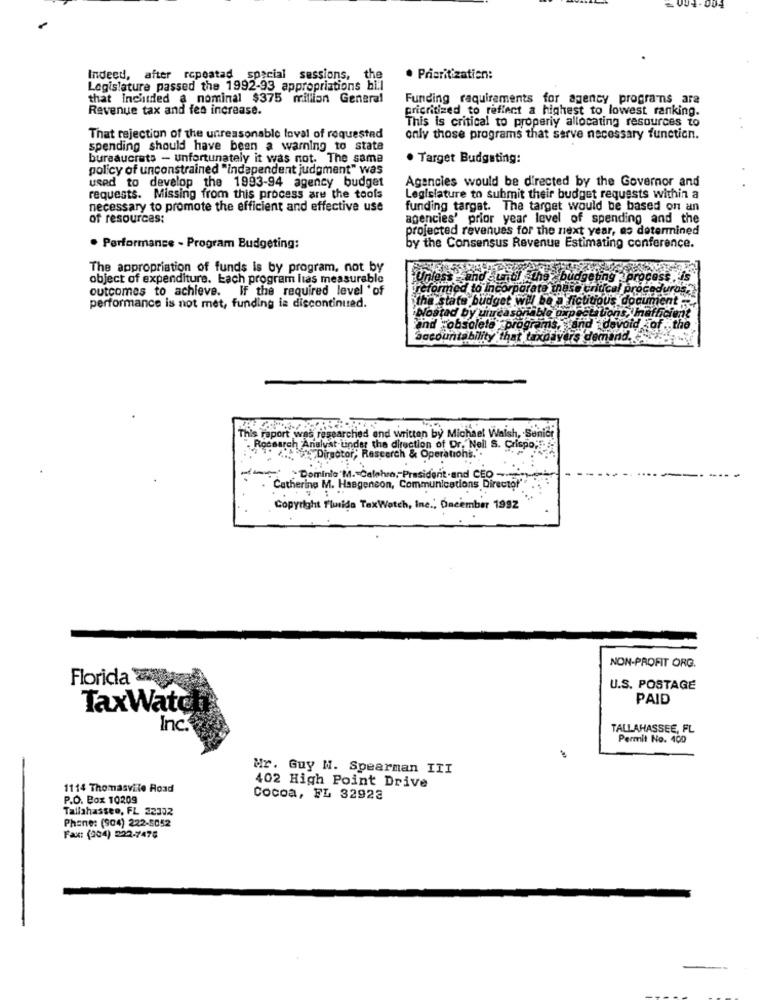
Indeed, after repeatad special sessions,
the
· Prioritization:
Legislature passed the 1992-93 appropriations bil
that Inchitded a nominal $375 million General
Funding requirements for agency programms ara
Revenue tax and fen increase.
pricritized to reflect a highest to lowest ranking.
This is critical to properly allocating resources to
That rejection of the unreasonable loval of requested
only those programs that serve necessary function.
spending should have been a warning to state
bureaucrats - unfortunately it was not. The same
· Target Budgeting:
policy of unconstrained "independent judgment" was
used to develop the 1993-94 agency budget
Agencies would be directed by the Governor and
requests. Missing from this process are the tools
Legislature to submit their budget requests within a
necessary to promote the efficient and effective use
funding targat. The target would be based on an
of resources:
agencies' prior year level of spending and the
projected revenues for the next year, as determined
. Performance - Program Budgeting:
by the Consensus Revenue Estimating conference.
The appropriation of funds is by program, not by
object of expenditure. Each program lias measurable
Unless and until the
outcomes to achieve. If the required level 'of
reformed to Incorporate these crite
the state budget wil be a ficticio
performance is not met, funding is discontinued.
Nostad by unreasonable oxpectatio
and "obsoleto programs.
ccountability that taxpayers dem
This report was researched and written by Michael Walsh, Senidi
Rocearch Analyst under the direction of Dr. Neil S. Crispo;
Director, Research & Operations.".
Dominio'M. Calohro, President.and CEO -
Catherine M. Haegencon, Communications Director"
Copyright Fluida TaxWatch, Inc .; Oncember 1992
NON-PROFIT ORG.
Florida
U.S. POSTAGE
PAID
TaxWate
Inc.
TALLAHASSEE, FL
Permit No. 400
Mr. Guy N. Spearman III
402 High Point Drive
1114 Thomasvile Road
P.O. Box 10209
Cocoa, FL 32923
Tallahassee, FL 22302
Phone: (904) 222-5052
Fax: (004) 222-7478